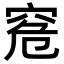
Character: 𥥠